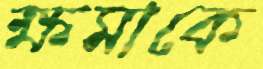
ক্ষমাকে